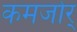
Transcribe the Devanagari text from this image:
कमजोर्